Annual report of the Punjab Veterinary College and of the Civil Veterinary Department, Punjab - 1909-1919
Year: 1909
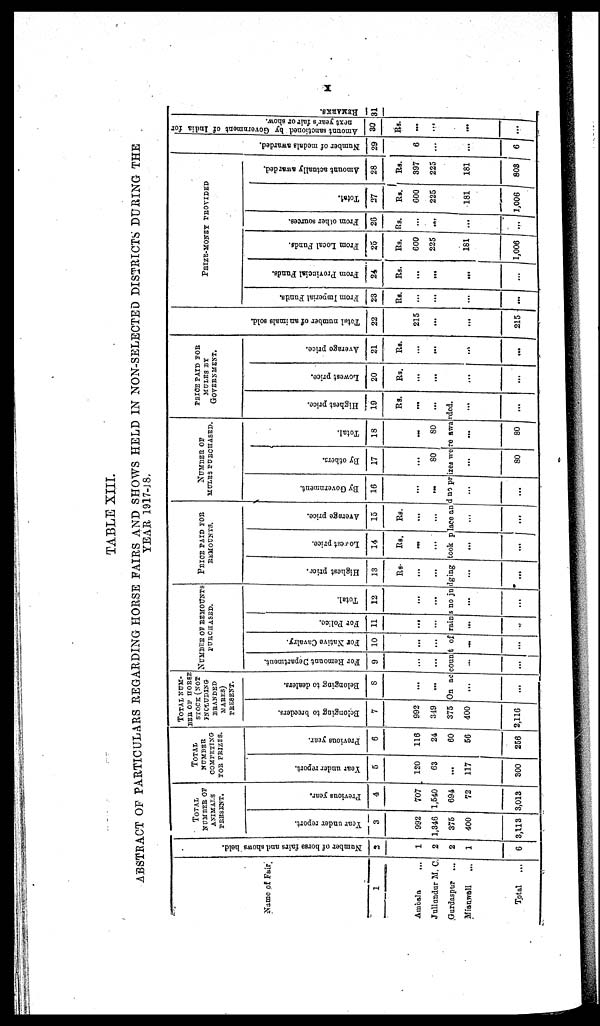
X
TABLE XIII.
ABSTRACT OF PARTICULARS REGARDING HORSE FAIRS AND SHOWS HELD IN NON-SELECTED DISTRICTS DURING THE
YEAR 1917-18.
Name of Fai r
1
Ambala
...
Jullandur M. C.
Gurdaspur ...
Mianwali ...
Total
...
Number of horse fairs and shows held.
2
1
2
2
1
6
TOTAL
NUMBER OF
ANIMALS
PRESENT.
Year under report.
3
992
1,346
375
400
3,113
Previous year.
4
707
1,540
694
72
3,018
TOTAL
NUMBER
COMPETING
FOR PRIZES.
Year under report.
5
120
63
...
117
300
Previous year.
6
116
24
60
56
256
TOTAL NUM-
BER OF HORSE
STOCK (NOT
INCLUDING
BRANDED
MARES)
PRESENT.
Belonging to breeders.
7
992
349
375
400
2,116
Belonging to dealers.
8
...
...
NUMBER OF REMOUNTS
PURCHASED.
For Remount Department.
9
...
...
For Native Cavalry.
10
...
...
For Police.
11
...
...
Total.
12
...
...
PRIOR PAID FOR
REMOUNTS.
Highest price.
13
Rs.
...
...
Lowest price.
14
Rs.
...
...
Average price.
15
Rs.
...
...
NUMBER OF
MULES PURCHASED.
By Government.
16
...
...
By others.
17
...
80
Total.
18
...
80
PRIOR PAID FOR
MULES BY
GOVERNMENT.
Highest price.
19
Rs.
...
...
On account of rains no judging took place and no prizes were awarded.
...
...
...
...
...
...
...
...
...
...
...
...
...
...
...
...
...
...
...
80
...
80
...
...
Lowest price.
20
Rs.
...
...
...
...
Average price.
21
Rs.
...
...
...
...
Tot al number of animals sold.
22
215
...
...
215
PRIZE-MONEY PROVIDED
From Imperial Funds.
23
Rs.
...
...
...
...
From Provincial Funds.
24
Rs.
...
...
...
...
From Local Funds.
25
Rs.
600
225
181
1,006
From other sources.
26
Rs.
...
...
...
...
Total.
27
Rs.
600
225
181
1,006
Amount actually awarded.
28
Rs.
397
225
181
803
Number of medals awarded.
29
6
...
...
6
Amo u n t s a n c t i o n e d by Go v e r
n me n t of I ndi a for
next year's fair or show.
30
Rs.
...
...
...
...
REMARKS.
31